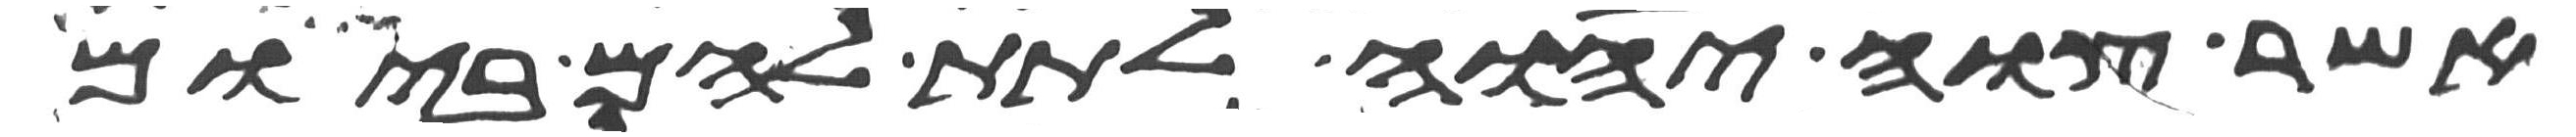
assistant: אשר צוה יהוה לתת להם ביום